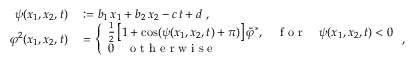
\begin{array} { r l } { \psi ( x _ { 1 } , x _ { 2 } , t ) } & { { } : = b _ { 1 } \, x _ { 1 } + b _ { 2 } \, x _ { 2 } - c \, t + d \; , } \\ { \varphi ^ { 2 } ( x _ { 1 } , x _ { 2 } , t ) } & { { } = \left\{ \begin{array} { l l } { \frac { 1 } { 2 } \left[ 1 + \cos ( \psi ( x _ { 1 } , x _ { 2 } , t ) + \pi ) \right] \bar { \varphi } ^ { * } , \quad \mathrm { ~ f ~ o ~ r ~ } \quad \psi ( x _ { 1 } , x _ { 2 } , t ) < 0 } \\ { 0 \quad \mathrm { ~ o ~ t ~ h ~ e ~ r ~ w ~ i ~ s ~ e ~ } } \end{array} \right. , } \end{array}